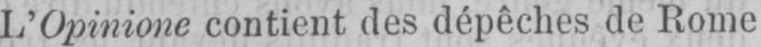
L’Opinione contient des dépêches de Rome